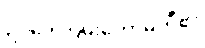
ဥပဒေကြမ်းကော်မတီ၏